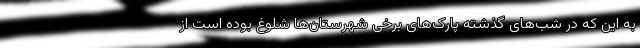
به این که در شب‌های گذشته پارک‌های برخی شهرستان‌ها شلوغ بوده است از